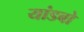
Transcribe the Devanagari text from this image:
यांडबो